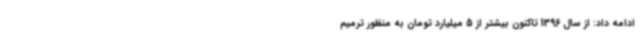
ادامه داد: از سال 1396 تاکنون بیشتر از 5 میلیارد تومان به منظور ترمیم